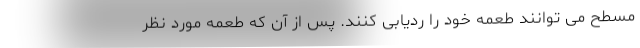
مسطح می توانند طعمه خود را ردیابی کنند. پس از آن که طعمه مورد نظر